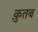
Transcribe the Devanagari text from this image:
क़ुतब